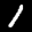
Label: 1